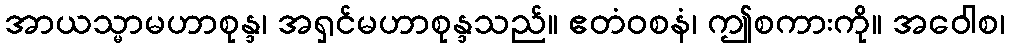
အာယသ္မာမဟာစုန္ဒ၊ အရှင်မဟာစုန္ဒသည်။ ဧတံဝစနံ၊ ဤစကားကို။ အဝေါစ၊